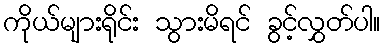
ကိုယ်များရိုင်း သွားမိရင် ခွင့်လွှတ်ပါ။